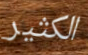
الكثير